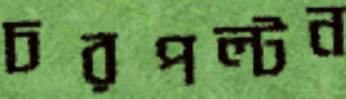
চরপল্টন